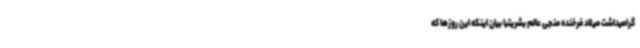
گرامیداشت میلاد فرخنده منجی عالم بشریتبا بیان اینکه این روزها که